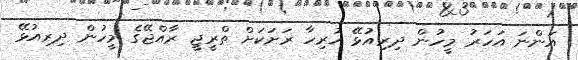
އަންނަ އަހަރު މީހުން ދިރިއުޅޭ ހުރިހާ ރަށަކަށް ތްރީޖީ ރާއްޖޭގެ މީހުން ދިރިއުޅޭ